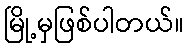
မြို့မှဖြစ်ပါတယ်။